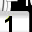
Digit: 1